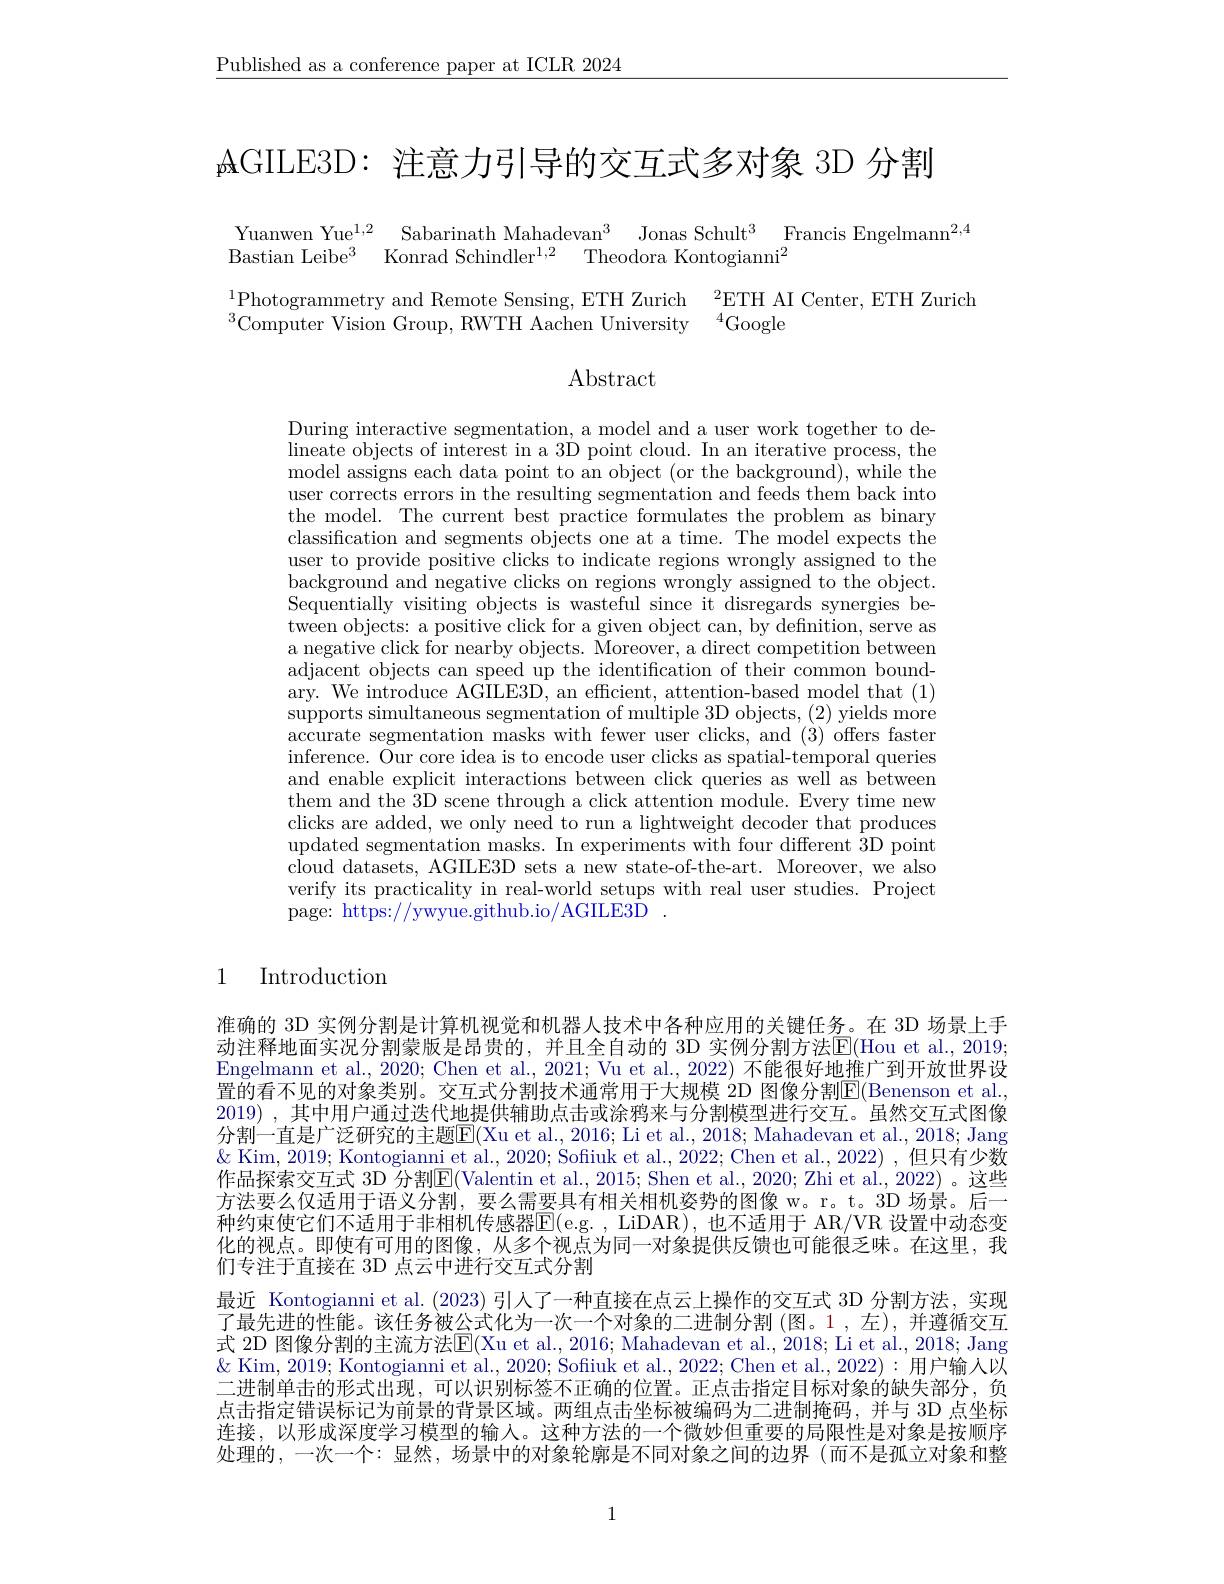
$\underline{\text{Published as a conference paper at ICLR 2024}}$

AGILE3D: 注意力引导的交互式多对象 3D 分割

Yuanwen Yue$^1, 2$ Sabarinath Mahadevan$^3$ Jonas Schult$^3$ Francis Engelmann$^2,4$
Bastian Leibe$^3$ Konrad Schindler$^1, 2$ Theodora Kontogianni$^2$

$\operatorname*{Photogrammetry}$ and Remote Sensing, ETH Zurich$\:^2$ETH AI Center, ETH Zurich
$^{3}$Computer Vision Group, RWTH Aachen University$^{4}$Google

Abstract

During interactive segmentation, a model and a user work together to de- $\bar{\text{lineate objects of interest in a 3D point cloud. In an iterative process, the}}$ model assigns each data point to an object (or the background), while the user corrects errors in the resulting segmentation and feeds them back into the model. The current best practice formulates the problem as binary classification and segments objects one at a time. The model expects the user to provide positive clicks to indicate regions wrongly assigned to the background and negative clicks on regions wrongly assigned to the object. Sequentially visiting objects is wasteful since it disregards synergies between objects: a positive click for a given object can, by defnition, serve as a negative click for nearby objects. Moreover, a direct competition between adjacent objects can speed up the identification of their common boundary. We introduce AGILE3D, an efficient, attention-based model that (1) supports simultaneous segmentation of multiple 3D objects, (2) yields moré accurate segmentation masks with fewer user clicks, and (3) offers faster inference. Our core idea is to encode user clicks as spatial-temporal queries and enable explicit interactions between click queries as well as between them and the 3D scene through a click attention module. Every time new clicks are added, we only need to run a lightweight decoder that produces updated segmentation masks. In experiments with four different 3D point cloud datasets, AGILE3D sets a new state-of-the-art. Moreover, we also verify its practicality in real-world setups with real user studies. Project page: https://ywyue.github.io/AGILE3D

### 1 Introduction

准确的 3D 实例分割是计算机视觉和机器人技术中各种应用的关键任务。在 3D 场景上手动注释地面实况分割蒙版是昂贵的，并且全自动的 3D 实例分割方法E(Hou et al., 2019; Engelmann et al., 2020; Chen et al., 2021; Vu et al., 2022) 不能很好地推广到开放世界设置的看不见的对象类别。交互式分割技术通常用于大规模 2D 图像分割$\mathbb{E}($Benenson et al. 2019) ,其中用户通过迭代地提供辅助点击或涂鸦来与分割模型进行交互。虽然交互式图像分割一直是广泛研究的主题$\overline{\mathrm{E}}($Xu et al., 2016; Li et al., 2018; Mahadevan et al., 2018; Jang $\&$ Kim, 2019; Kontogianni et al., 2020; Sofiuk et al., 2022; Chen et al., 2022) , 但只有少数作品探索交互式 3D 分割E(Valentin et al., 2015; Shen et al., 2020; Zhi et al., 2022) 。这些方法要么仅适用于语义分割，要么需要具有相关相机姿势的图像 w。r。t。3D 场景。后一种约束使它们不适用于非相机传感器E(e.g., LiDAR),也不适用于 AR/VR 设置中动态变化的视点。即使有可用的图像，从多个视点为同一对象提供反馈也可能很乏味。在这里，我们专注于直接在 3D 点云中进行交互式分割
最近 Kontogianni et al.(2023) 引人了一种直接在点云上操作的交互式 3D 分割方法，实现了最先进的性能。该任务被公式化为一次一个对象的二进制分割(图。1,左),并遵循交互式 2D 图像分割的主流方法$\mathbb{E}($Xu et al., 2016; Mahadevan et al., 2018; Li et al., 2018; Jang $\&$ Kim, 2019; Kontogianni et al., 2020; Sofiuk et al., 2022; Chen et al., 2022): 用户输人以二进制单击的形式出现，可以识别标签不正确的位置。正点击指定目标对象的缺失部分，负点击指定错误标记为前景的背景区域。两组点击坐标被编码为二进制掩码，并与 3D 点坐标连接，以形成深度学习模型的输人。这种方法的一个微妙但重要的局限性是对象是按顺序处理的，一次一个：显然，场景中的对象轮廓是不同对象之间的边界(而不是孤立对象和整

1